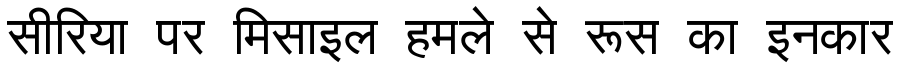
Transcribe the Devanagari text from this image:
सीरिया पर मिसाइल हमले से रूस का इनकार